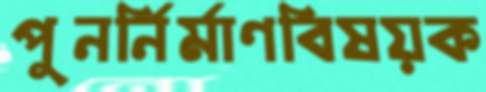
পুনর্নির্মাণবিষয়ক